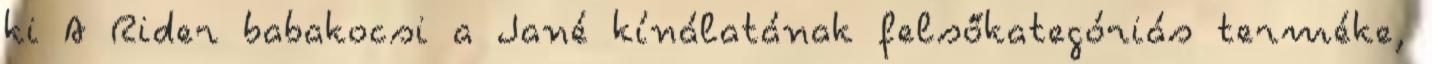
ki A Rider babakocsi a Jané kínálatának felsőkategóriás terméke,